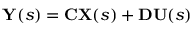
\mathbf { Y } ( s ) = \mathbf { C } \mathbf { X } ( s ) + \mathbf { D } \mathbf { U } ( s )